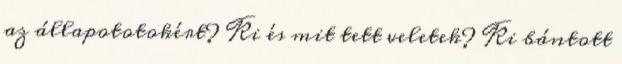
az állapototokért? Ki és mit tett veletek? Ki bántott